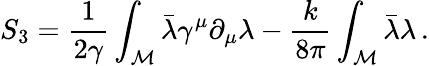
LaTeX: S_{3}=\frac{1}{2\gamma}\int_{\cal M}\bar{\lambda}\gamma^{\mu}\partial_{\mu}\lambda-\frac{k}{8\pi}\int_{\cal M}\bar{\lambda}\lambda\, .